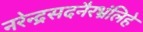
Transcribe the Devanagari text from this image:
नरेन्द्रसदनैरभ्रंलिहे